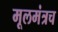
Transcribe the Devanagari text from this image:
मूलमंत्रच